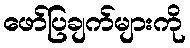
ဖော်ပြချက်များကို